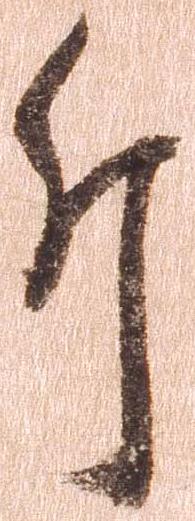
斤